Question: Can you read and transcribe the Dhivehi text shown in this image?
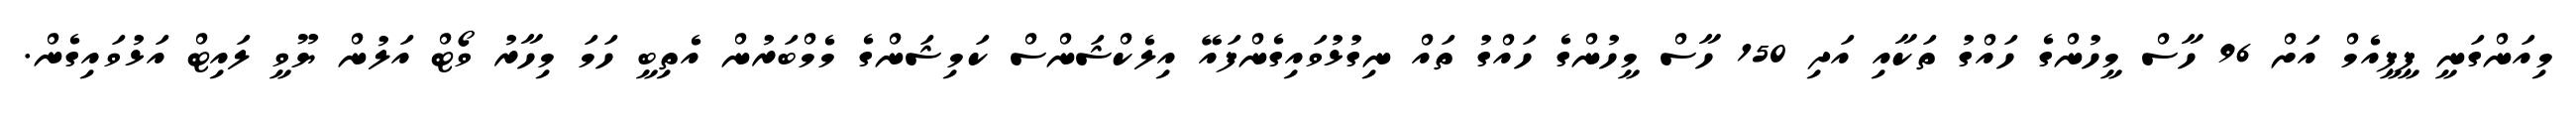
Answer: މިއަންގަނީ ޕީޕީއެމް އަށް 96 ހާސް މީހުންގެ ހައްގު ތަކާއި އަދި 150 ހާސް މީހުންގެ ހައްގު ތައް ނިގުޅުވައިގެންފައޭ އިލެކްޝަންސް ކަމިޝަންގެ މެމްބަރުން އެތިބީ ހަމަ މިހާރު ވޯޓް އަލުން ޔޫވީ ލައިޓް އަޅުވައިގެން.